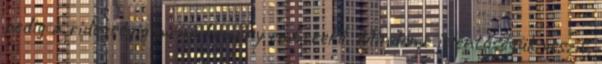
pedig a ridegségig menő kemény embereké. Mindeme jelentőségük veszít,